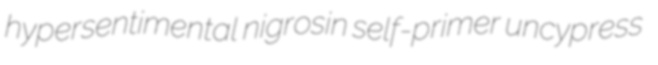
hypersentimental nigrosin self-primer uncypress